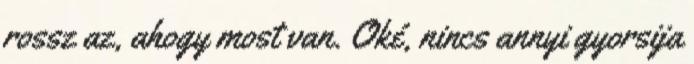
rossz az, ahogy most van. Oké, nincs annyi gyorsija